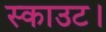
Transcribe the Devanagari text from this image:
स्काउट।